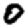
Digit: 0